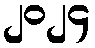
၂၀၂၄